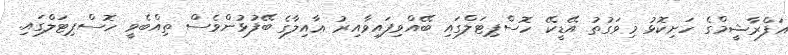
އަފްރާޝީމްގެ ހަށިކޮޅު މިވަގުތު އޭޑީކޭ ހޮސްޕިޓަލްގައި ބޭއްވިފައިވާއިރު ޢާއިލާގެ ބޭފުޅުންވެސް ތިއްބެވީ ހޮސްޕިޓަލްގައި.